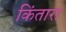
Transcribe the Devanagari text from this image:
किंतारा